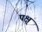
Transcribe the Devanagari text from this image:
पक्ष्